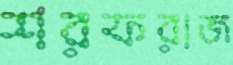
শরফরাজ